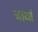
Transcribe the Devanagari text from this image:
जाय्चं